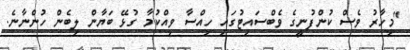
"މިހާރު ވެސް ކުންފުނީގެ ވެބްސައިޓުގައި ހިއްސާ ވިއްކުމާ ގުޅޭ ބަޔާން ލިބެން ހުންނާނެ.